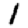
Digit: 1